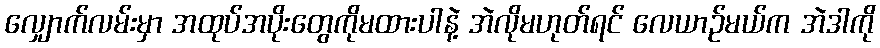
လျှောက်လမ်းမှာ အထုပ်အပိုးတွေကိုမထားပါနဲ့ အဲလိုမဟုတ်ရင် လေယာဉ်မယ်က အဲဒါကို